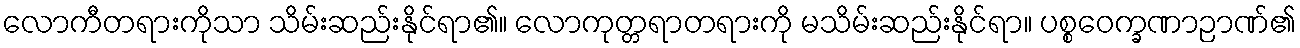
လောကီတရားကိုသာ သိမ်းဆည်းနိုင်ရာ၏။ လောကုတ္တရာတရားကို မသိမ်းဆည်းနိုင်ရာ။ ပစ္စဝေက္ခဏာဉာဏ်၏